Quinine and its salts - Number 41
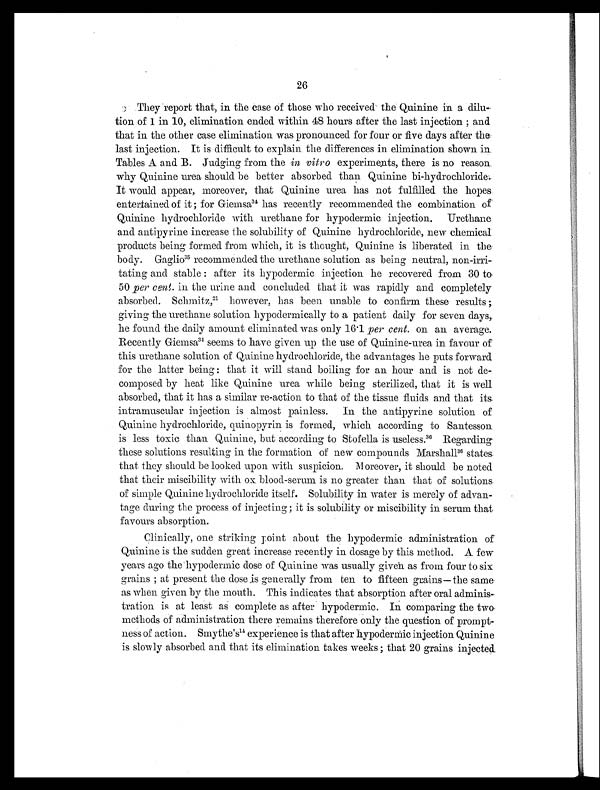
26
They report that, in the case of those who received the Quinine in a dilu
-tion of 1 in 10, elimination ended within 48 hours after the last injection ; and
that in the other case elimination was pronounced for four or five days after the
last injection. It is difficult to explain the differences in elimination shown in.
Tables A and. B. Judging from the in vitro experiments, there is no reason.
why Quinine urea should be better absorbed than Quinine hi-hydrochloride:
It would appear, moreover, that Quinine urea has not fulfilled the hopes
entertained of it ; for Giemsa34 has recently recommended the combination of
Quinine hydrochloride with urethane for hypodermic injection. Urethane
and antipyrine increase the solubility of Quinine hydrochloride, new chemical
products being formed from which, it is thought, Quinine is liberated in the
body. Gaglio35 recommended the urethane solution as being neutral, non-irri-
tating and stable : after its hypodermic injection he recovered from 30 to
50 per cent . in the urine and concluded that it was rapidly and completely
absorbed. Schmitz, 21 however, has been unable to confirm these results ;
giving the urethane solution hypodermically to a patient daily for seven days,
he found the daily amount eliminated was only 16.1 per cent. on an average.
Recently Giemsa34 seems to have given up the use of Quinine-urea in favour of
this urethane solution of Quinine hydrochloride, the advantages he puts forward
for the latter being : that it will stand boiling for an hour and is not de-
composed by heat like Quinine urea while being sterilized, that it is well
absorbed, that it has a similar re-action to that of the tissue fluids and that its
intramuscular injection is almost painless. In the antipyrine solution of
Quinine hydrochloride, quinopyrin is formed, which according to Santesson
is less toxic than Quinine, but according to Stofella is useless. 36 Regarding
these solutions resulting in the formation of new compounds Marshall 3 6
s t a t e s
that they should be looked upon with suspicion. Moreover, it should be noted
that their miscibility with ox blood-serum is no greater than that of solutions
of simple Quinine hydrochloride itself. Solubility in water is merely of advan-
tage during the process of injecting ; it is solubility or miscibility in serum that
favours absorption.
Clinically, one striking pint about the hypodermic administration of
Quinine is the sudden great increase recently in dosage by this method. A few
years ago the hypodermic dose of Quinine was usually given as from four to six
grains ; at present the dose is generally from ten to fifteen grains—the same
as when given by the mouth. This indicates that absorption after oral adminis
tration is at least as complete as after hypodermic. In comparing the two
methods of administration there remains therefore only the question of prompt-
ness of action. Smythe's14 experience is that after hypodermic injection Quinine
is slowly absorbed and that its elimination takes weeks ; that 20 grains injected